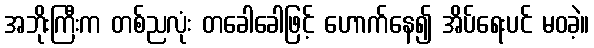
အဘိုးကြီးက တစ်ညလုံး တခေါခေါဖြင့် ဟောက်နေ၍ အိပ်ရေးပင် မဝခဲ့။